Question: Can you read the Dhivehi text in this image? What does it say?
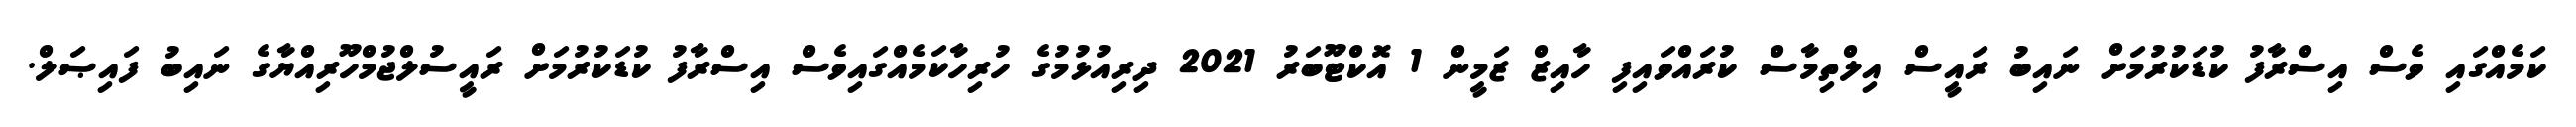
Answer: ކަމެއްގައި ވެސް އިސްރާފު ކުޑަކުރުމަށް ނައިބު ރައީސް އިލްތިމާސް ކުރައްވައިފި ހާއިޒް ޒަމީން 1 އޮކްޓޫބަރު 2021 ދިރިއުޅުމުގެ ހުރިހާކަމެއްގައިވެސް އިސްރާފު ކުޑަކުރުމަށް ރައީސުލްޖުމްހޫރިއްޔާގެ ނައިބު ފައިޞަލް.